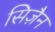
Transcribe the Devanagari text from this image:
सिज़ैन